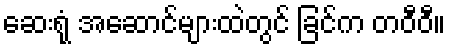
ဆေးရုံ အဆောင်များထဲတွင် ခြင်က တဝီဝီ။